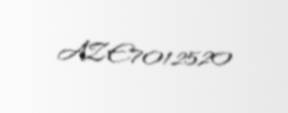
AZE7012520